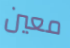
معين